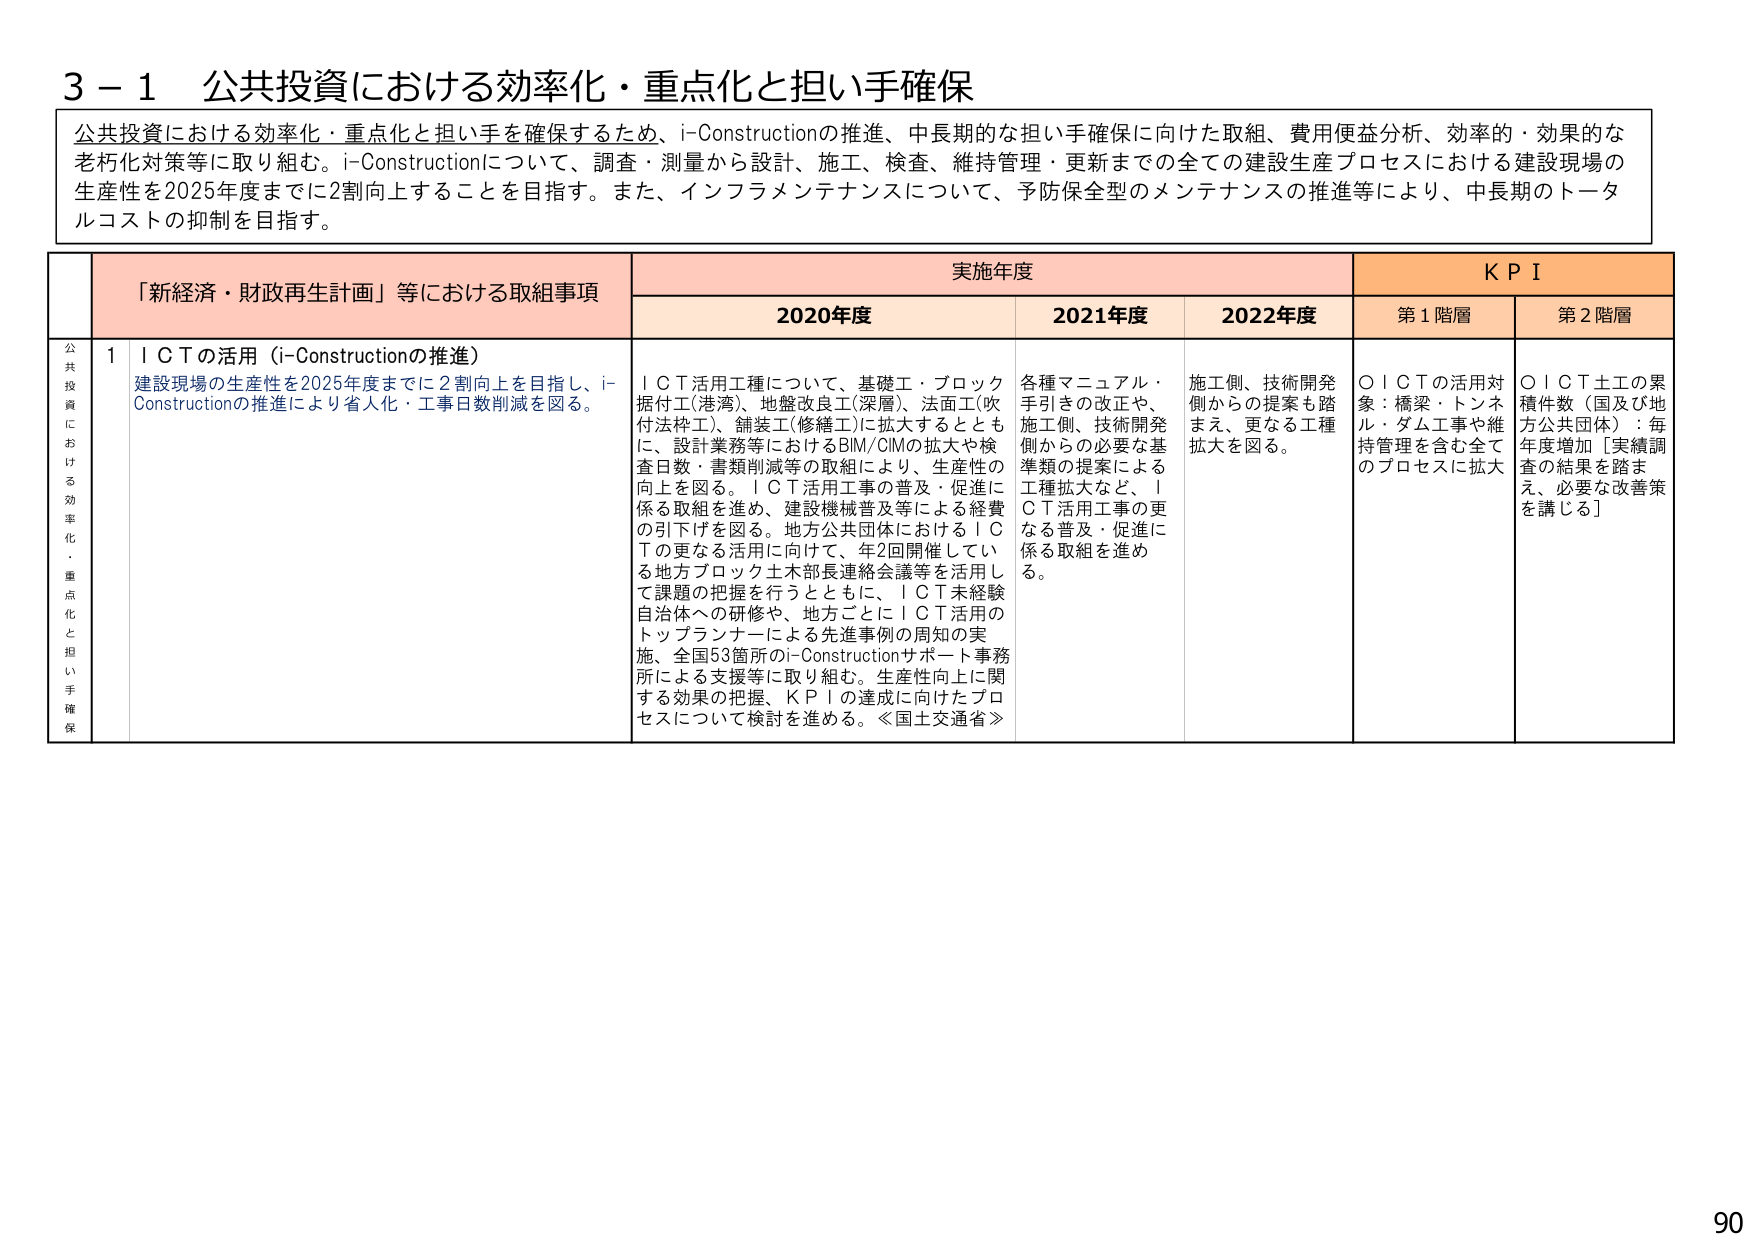
3－1 公共投資における効率化・重点化と担い手確保

公共投資における効率化・重点化と担い手を確保するため、i-Constructionの推進、中長期的な担い手確保に向けた取組、費用便益分析、効率的・効果的な老朽化対策等に取り組む。i-Constructionについて、調査・測量から設計、施工、検査、維持管理・更新までの全ての建設生産プロセスにおける建設現場の生産性を2025年度までに2割向上することを目指す。また、インフラメンテナンスについて、予防保全型のメンテナンスの推進等により、中長期のトータルコストの抑制を目指す。

「新経済・財政再生計画」等における取組事項　　実施年度　　KPI
　　　　　　　　　　　　　　　　　　　　　　　　2020年度　　2021年度　　2022年度　　第1階層　　第2階層

公共投資における効率化・重点化と担い手確保
1　ＩＣＴの活用（i-Constructionの推進）
　　建設現場の生産性を2025年度までに2割向上を目指し、i-Constructionの推進により省人化・工事日数削減を図る。

　　ＩＣＴ活用工種について、基礎工・ブロック据付工(港湾)、地盤改良工(深層)、法面工(吹付法枠工)、舗装工(修繕工)に拡大するとともに、設計業務等におけるBIM/CIMの拡大や検査日数・書類削減等の取組により、生産性の向上を図る。ＩＣＴ活用工事の普及・促進に係る取組を進め、建設機械普及等による経費の引下げを図る。地方公共団体におけるＩＣＴの更なる活用に向けて、年2回開催している地方ブロック土木部長連絡会議等を活用して課題の把握を行うとともに、ＩＣＴ未経験自治体への研修や、地方ごとにＩＣＴ活用のトップランナーによる先進事例の周知の実施、全国53箇所のi-Constructionサポート事務所による支援等に取り組む。生産性向上に関する効果の把握、ＫＰＩの達成に向けたプロセスについて検討を進める。≪国土交通省≫

　　各種マニュアル・手引きの改正や、施工側、技術開発側からの必要な基準類の提案による工種拡大など、ＩＣＴ活用工事の更なる普及・促進に係る取組を進める。

　　施工側、技術開発側からの提案も踏まえ、更なる工種拡大を図る。

　　○ＩＣＴの活用対象：橋梁・トンネル・ダム工事や維持管理を含む全てのプロセスに拡大

　　○ＩＣＴ土工の累積件数（国及び地方公共団体）：毎年度増加［実績調査の結果を踏まえ、必要な改善策を講じる］

90